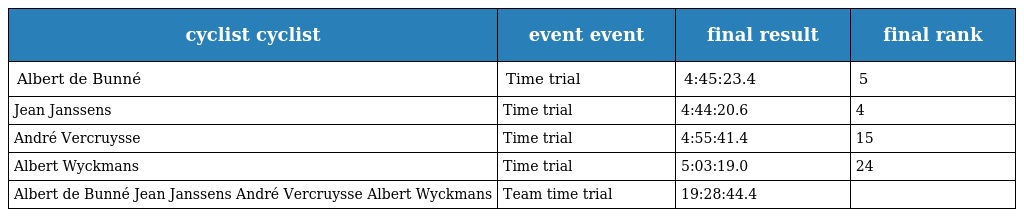
| cyclist cyclist | event event | final result | final rank |
 | --- | --- | --- | --- |
 | Albert de Bunné | Time trial | 4:45:23.4 | 5 |
 | Jean Janssens | Time trial | 4:44:20.6 | 4 |
 | André Vercruysse | Time trial | 4:55:41.4 | 15 |
 | Albert Wyckmans | Time trial | 5:03:19.0 | 24 |
 | Albert de Bunné Jean Janssens André Vercruysse Albert Wyckmans | Team time trial | 19:28:44.4 |  |